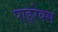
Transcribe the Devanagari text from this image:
पाइरेक्स